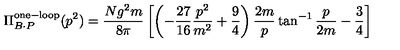
\Pi _ { B \cdot P } ^ { \mathrm { o n e - l o o p } } ( p ^ { 2 } ) = { \frac { N g ^ { 2 } m } { 8 \pi } } \left[ \left( - \frac { 2 7 } { 1 6 } \frac { p ^ { 2 } } { m ^ { 2 } } + \frac { 9 } { 4 } \right) \frac { 2 m } { p } \tan ^ { - 1 } \frac { p } { 2 m } - \frac { 3 } { 4 } \right]